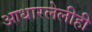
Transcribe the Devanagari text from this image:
आधारलेलीही